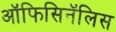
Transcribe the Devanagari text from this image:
ऑफिसिनॅलिस